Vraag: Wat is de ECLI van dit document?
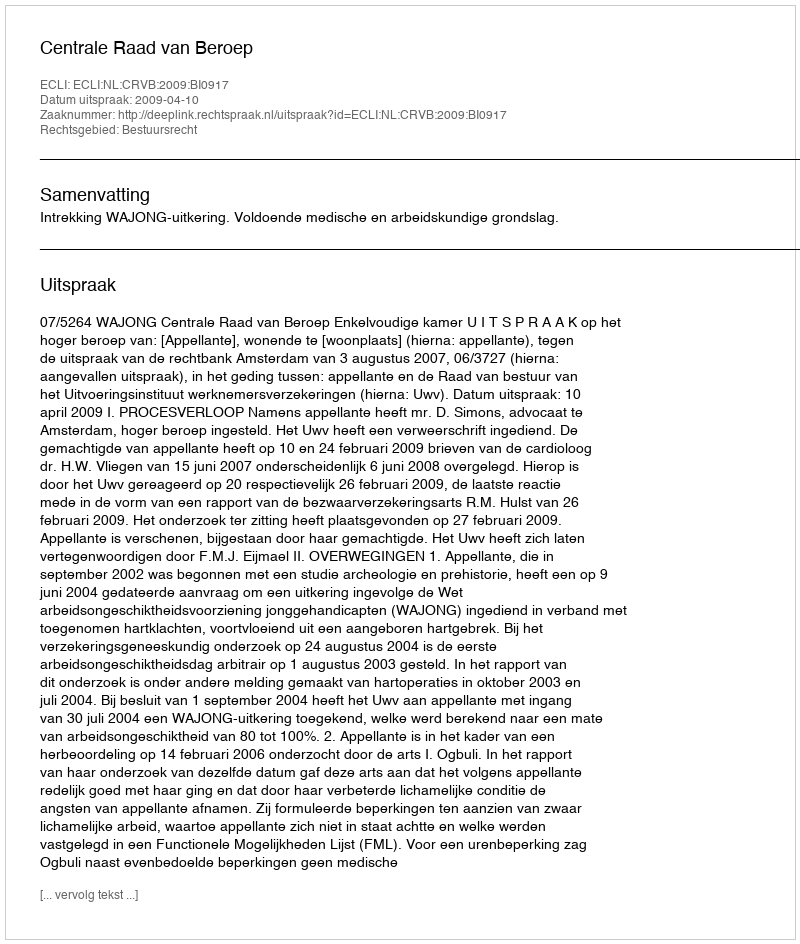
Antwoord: ECLI:NL:CRVB:2009:BI0917